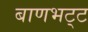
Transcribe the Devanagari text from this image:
बाणभट्‌ट